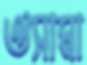
ঔসামা